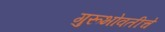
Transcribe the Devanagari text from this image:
गुरूभोवतीचे